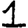
Digit: 1